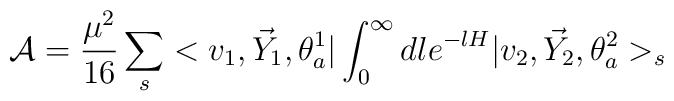
{\cal A} =\frac{\mu^2}{16} \sum_s<v_1,\vec Y_1,\theta^1_a|\int_0^{\infty} dl e^{-lH}|v_2,\vec Y_2, \theta^2_a>_s